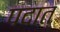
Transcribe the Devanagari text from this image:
पदात्